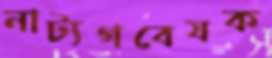
নাট্যগবেষক